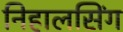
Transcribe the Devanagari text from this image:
निहालसिंग